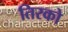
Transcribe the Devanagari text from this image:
तिरको